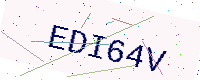
Text: EDI64V